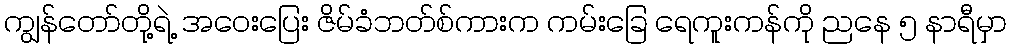
ကျွန်တော်တို့ရဲ့ အဝေးပြေး ဇိမ်ခံဘတ်စ်ကားက ကမ်းခြေ ရေကူးကန်ကို ညနေ ၅ နာရီမှာ